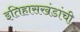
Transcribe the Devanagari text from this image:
इतिहासखंडांची